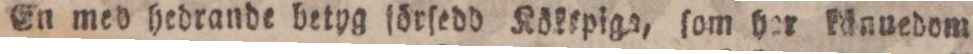
En med hedrande betyg förſedd Kökepiga, ſom her känuedom